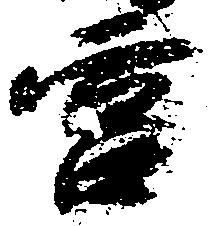
宮